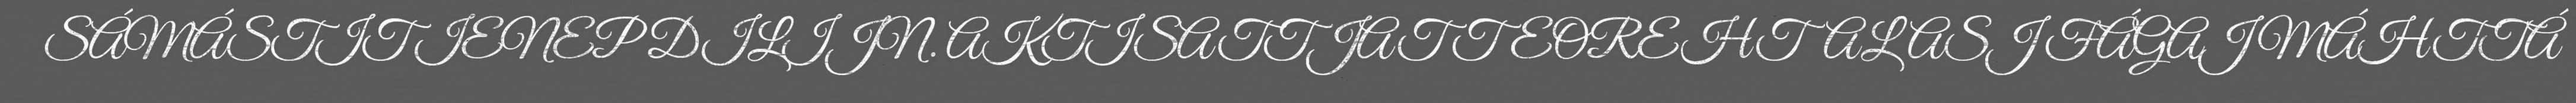
SÁMÁSTIT IENEP DILIJN. AKTISATTJAT TEOREHTALASJ FÁGAJ MÁHTTÁ